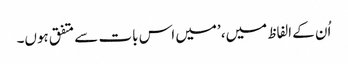
اُن کے الفاظ میں، ’میں اس بات سے متفق ہوں۔